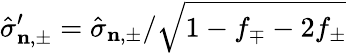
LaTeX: \hat{\sigma}_{\mathbf{n},\pm}^{\prime}=\hat{\sigma}_{\mathbf{n},\pm}/\sqrt{1-f_{\mp}-2f_{\pm}}